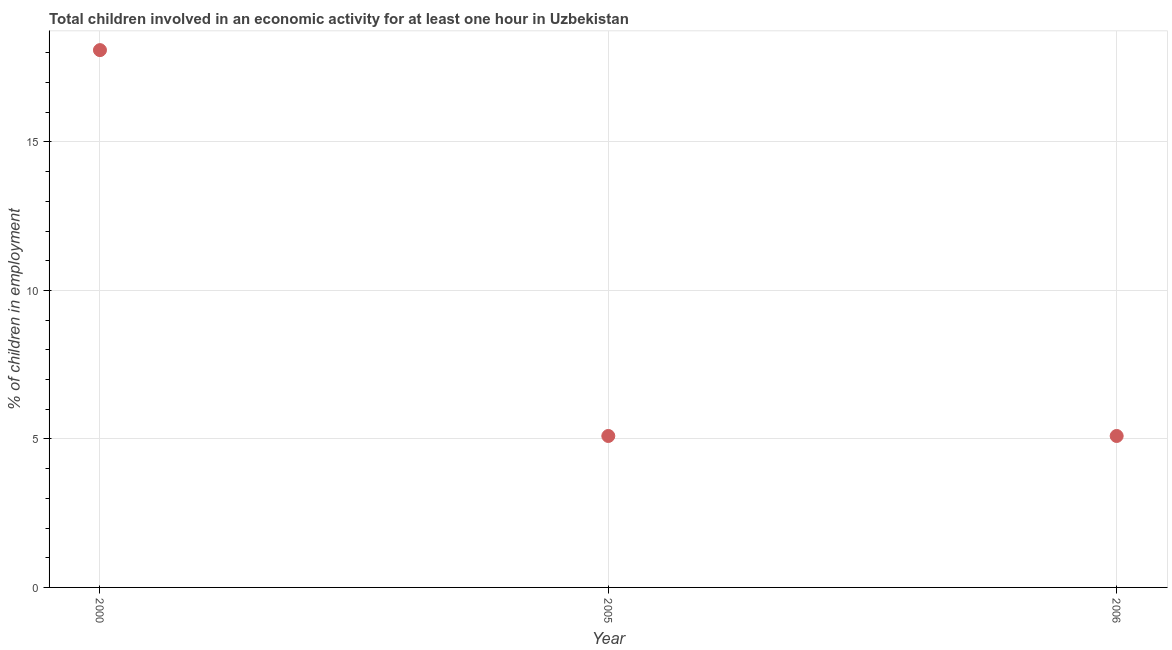
| Year | Children in employment |
 | --- | --- |
 | 2000 | 18.1 |
 | 2005 | 5.1 |
 | 2006 | 5.1 |